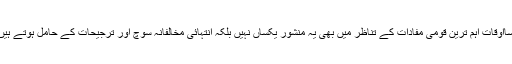
بسااوقات اہم ترین قومی مفادات کے تناظر میں بھی یہ منشور یکساں نہیں بلکہ انتہائی مخالفانہ سوچ اور ترجیحات کے حامل ہوتے ہیں۔